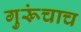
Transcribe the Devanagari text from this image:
गुरूंचाच